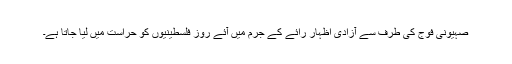
صہیونی فوج کی طرف سے آزادی اظہار رائے کے جرم میں آئے روز فلسطینیوں کو حراست میں لیا جاتا ہے۔